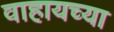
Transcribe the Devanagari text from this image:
वाहायच्या